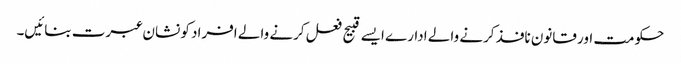
حکومت اور قانون نافذ کرنے والے ادارے ایسے قبیح فعل کرنے والے افراد کو نشان عبرت بنائیں۔